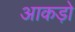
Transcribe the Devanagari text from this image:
आकड़ो